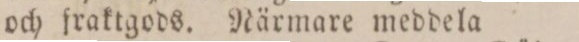
och fraktgods. Närmare meddela